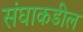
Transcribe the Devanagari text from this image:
संघाकडील